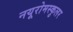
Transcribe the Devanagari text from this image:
नयूरोमस्कुलर